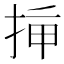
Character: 𢭡